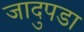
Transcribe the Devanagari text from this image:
जादुपडा